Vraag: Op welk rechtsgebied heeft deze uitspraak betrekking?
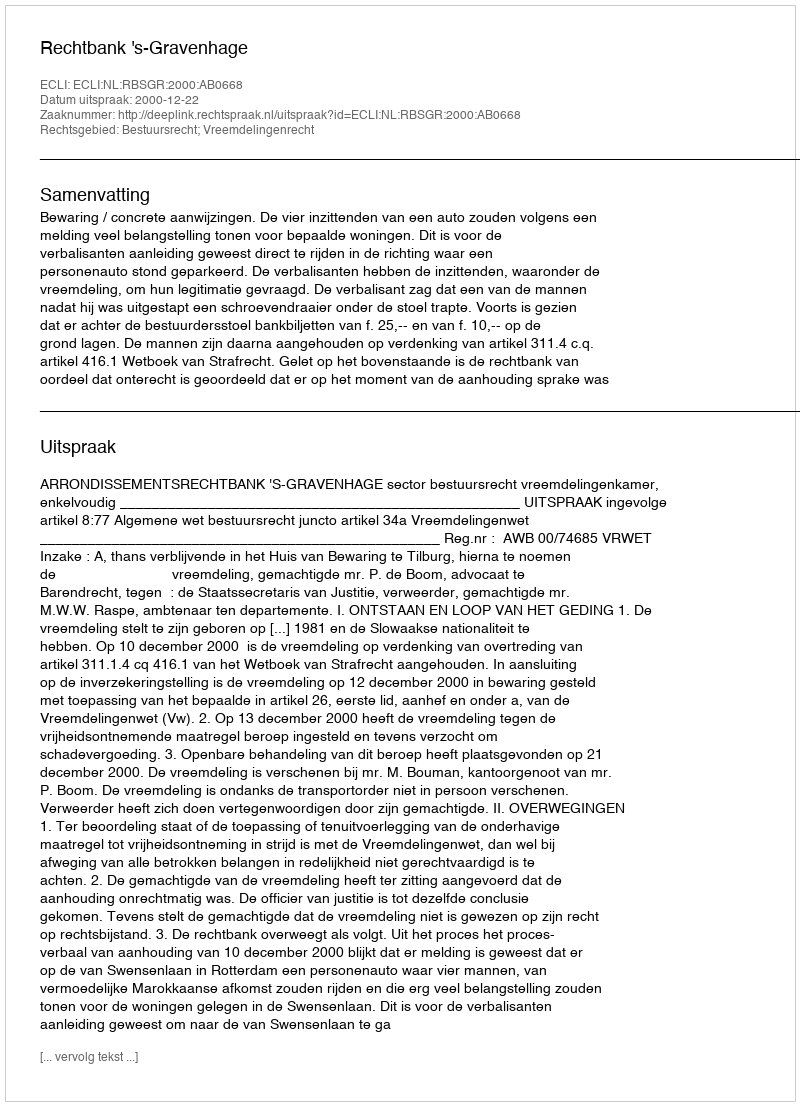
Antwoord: Bestuursrecht; Vreemdelingenrecht